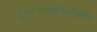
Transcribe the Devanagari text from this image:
दूरसंचारताभियान्त्रिकी